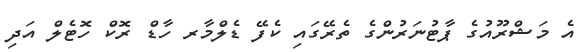
އެ މަޝްރޫއުގެ ޕާޓުނަރުންގެ ތެރޭގައި ކެފޭ ޑެލްމާރ ހާޑް ރޮކް ހޮޓެލް އަދި